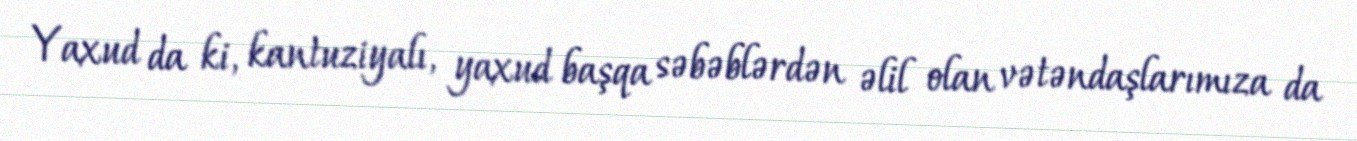
Yaxud da ki, kantuziyalı, yaxud başqa səbəblərdən əlil olan vətəndaşlarımıza da